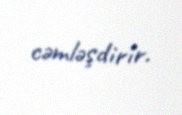
cəmləşdirir.